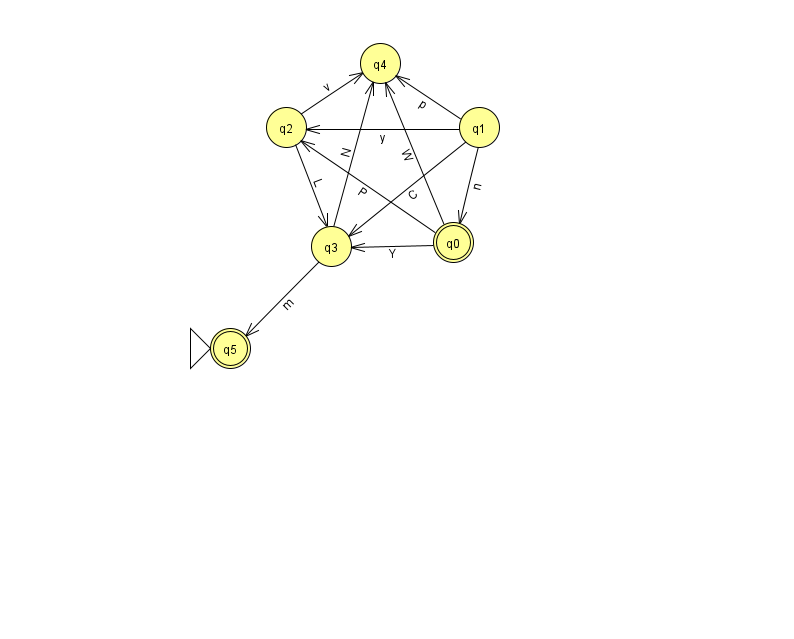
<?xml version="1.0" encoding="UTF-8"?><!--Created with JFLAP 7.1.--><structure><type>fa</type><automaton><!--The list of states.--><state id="0" name="q0"><x>453.0</x><y>229.0</y><final/></state><state id="1" name="q1"><x>479.0</x><y>114.0</y></state><state id="2" name="q2"><x>286.0</x><y>114.0</y></state><state id="3" name="q3"><x>331.0</x><y>233.0</y></state><state id="4" name="q4"><x>380.0</x><y>50.0</y></state><state id="5" name="q5"><x>230.0</x><y>335.0</y><initial/><final/></state><!--The list of transitions.--><transition><from>0</from><to>2</to><read>P</read></transition><transition><from>0</from><to>3</to><read>Y</read></transition><transition><from>2</from><to>3</to><read>L</read></transition><transition><from>0</from><to>4</to><read>W</read></transition><transition><from>1</from><to>0</to><read>n</read></transition><transition><from>1</from><to>3</to><read>C</read></transition><transition><from>1</from><to>4</to><read>p</read></transition><transition><from>1</from><to>2</to><read>y</read></transition><transition><from>3</from><to>5</to><read>m</read></transition><transition><from>2</from><to>4</to><read>v</read></transition><transition><from>3</from><to>4</to><read>N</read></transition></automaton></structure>